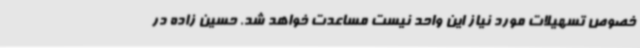
خصوص تسهیلات مورد نیاز این واحد نیست مساعدت خواهد شد. حسین زاده در